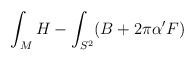
\begin{align*}\int_{M}H - \int_{S^{2}}(B+2\pi\alpha'F)\end{align*}